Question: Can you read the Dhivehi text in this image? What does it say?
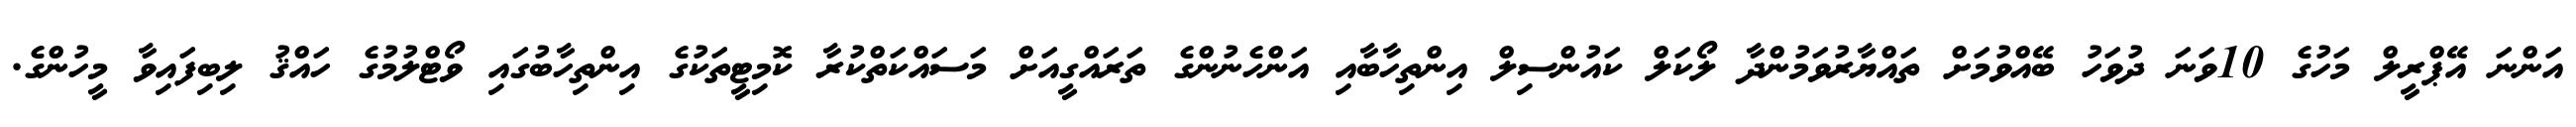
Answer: އަންނަ އޭޕްރީލް މަހުގެ 10ވަނަ ދުވަހު ބޭއްވުމަށް ތައްޔާރުވަމުންދާ ލޯކަލް ކައުންސިލް އިންތިހާބާއި އަންހެނުންގެ ތަރައްގީއަށް މަސައްކަތްކުރާ ކޮމިޓީތަކުގެ އިންތިހާބުގައި ވޯޓްލުމުގެ ހައްޤު ލިބިފައިވާ މީހުންގެ.